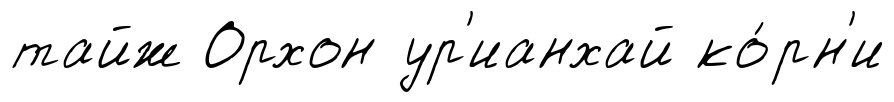
тайж Орхон ур'ианхай ко́рн'и